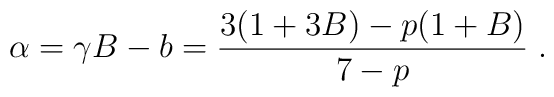
\alpha = \gamma B - b = \frac{3 (1 + 3 B) - p (1 + B)}{7 - p} \; .